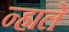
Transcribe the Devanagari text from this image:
न्हाले